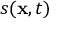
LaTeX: s ( \mathbf { x } , t )